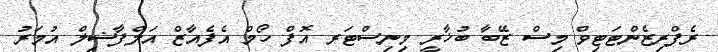
ރެފްރިޒެންޓަޓިވް މިސް ޒޭބާ ބުޚާރީ މިނިސްޓަރ އޮފް ހޯމް އެފެއާޒް އަލްފާޟިލް އުމަރު